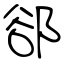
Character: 郤